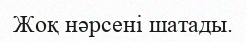
Жоқ нәрсені шатады.